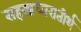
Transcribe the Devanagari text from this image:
सहस्त्रधारातीर्थ